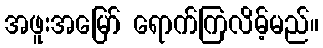
အဖူးအမြော် ရောက်ကြလိမ့်မည်။